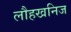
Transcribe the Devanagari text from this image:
लौहखनिज